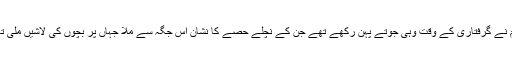
ملزم نے گرفتاری کے وقت وہی جوتے پہن رکھے تھے جن کے نچلے حصے کا نشان اس جگہ سے ملا جہاں پر بچوں کی لاشیں ملی تھیں۔